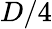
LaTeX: D/4